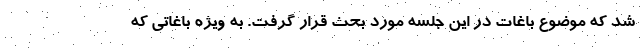
شد که موضوع باغات در این جلسه مورد بحث قرار گرفت. به ویژه باغاتی که